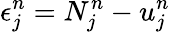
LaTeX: \epsilon_{j}^{n}=N_{j}^{n}-u_{j}^{n}